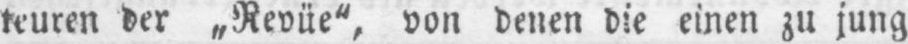
teuren der „Revüe“, von denen die einen zu jung